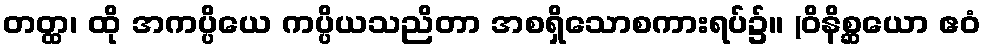
တတ္ထ၊ ထို အကပ္ပိယေ ကပ္ပိယသညိတာ အစရှိသောစကားရပ်၌။ (ဝိနိစ္ဆယော ဧဝံ